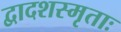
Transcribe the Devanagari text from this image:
द्वादशस्मृताः